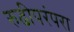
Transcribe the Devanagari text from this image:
रुढीपरंपरा